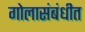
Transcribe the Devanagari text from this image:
गोलासंबंधीत